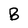
Character: B